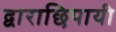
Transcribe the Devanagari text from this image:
द्वाराछिपायी